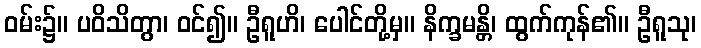
ဝမ်း၌။ ပဝိသိတွာ၊ ဝင်၍။ ဦရူဟိ၊ ပေါင်တို့မှ။ နိက္ခမန္တိ၊ ထွက်ကုန်၏။ ဦရူသု၊